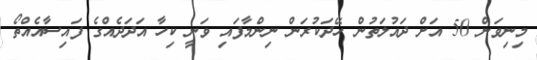
މިނިވަން 50 އަށް ދައުލަތުން ހޭދަކުރަން ނިންމާފައި ވަނީ ކިހާ އަދަދެއްގެ ފައިސާއެއްތޯ